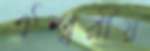
ঐশ্বরীয়